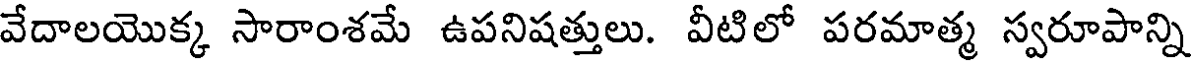
వేదాలయొక్క సారాంశమే ఉపనిషత్తులు. వీటిలో పరమాత్మ స్వరూపాన్ని